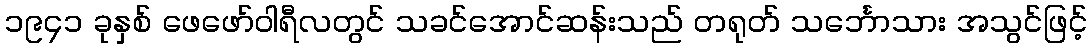
၁၉၄၁ ခုနှစ် ဖေဖော်ဝါရီလတွင် သခင်အောင်ဆန်းသည် တရုတ် သင်္ဘောသား အသွင်ဖြင့်